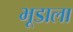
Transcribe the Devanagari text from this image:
भूडाला